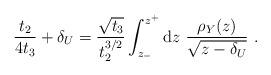
LaTeX: \begin{align*}\frac{t_2}{4t_3}+\delta_U=\frac{\sqrt{t_3}}{t_2^{3/2}}\int_{z_-}^{z^+}\mathrm{d}z\ \frac{\rho_Y(z)}{\sqrt{z-\delta_U}}\ .\end{align*}